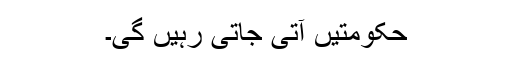
حکومتیں آتی جاتی رہیں گی۔